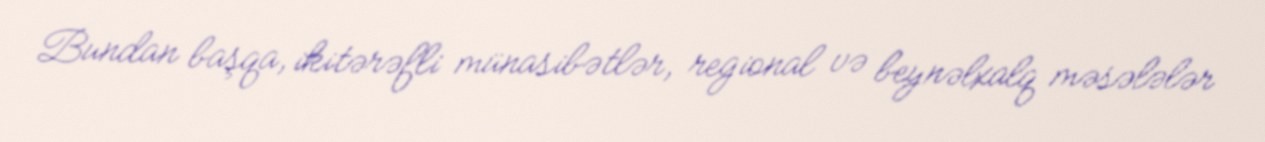
Bundan başqa, ikitərəfli münasibətlər, regional və beynəlxalq məsələlər